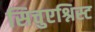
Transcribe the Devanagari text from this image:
सिचुएश्निस्ट